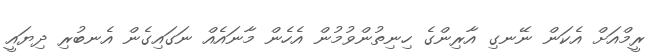
ރީމްއަށް އެކަން ނޭނގި އާރިންގެ ހިނިތުންވުމުން އެހެން މާނައެއް ނަގައިގެން އެނބުރި ދިޔައީ